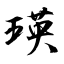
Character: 瑛